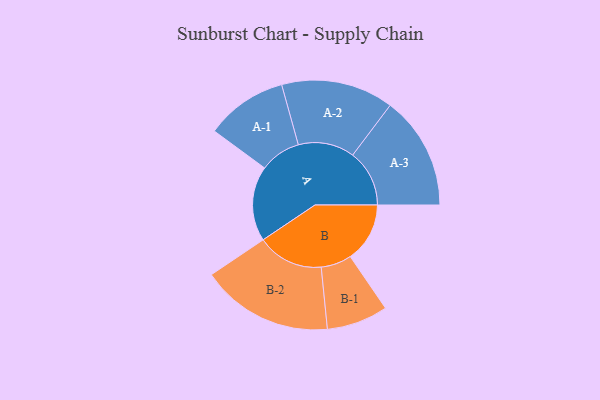
{"axis": {"x": "Segment", "y": "Value"}, "legend": ["", "A", "B"], "data": [{"x": "A", "y": 294, "type": ""}, {"x": "B", "y": 233, "type": ""}, {"x": "A-1", "y": 160, "type": "A"}, {"x": "A-2", "y": 220, "type": "A"}, {"x": "A-3", "y": 222, "type": "A"}, {"x": "B-1", "y": 120, "type": "B"}, {"x": "B-2", "y": 259, "type": "B"}]}